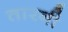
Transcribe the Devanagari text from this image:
तारनी